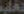
تغلب